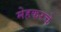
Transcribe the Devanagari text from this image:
मेहकरचे